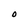
Character: 0